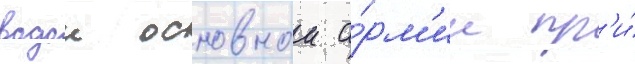
водои основнои а́рм'ии пр'и́